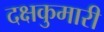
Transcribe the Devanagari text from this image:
दक्षकुमारी